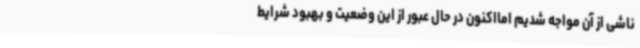
ناشی از آن مواجه شدیم امااکنون در حال عبور از این وضعیت و بهبود شرایط